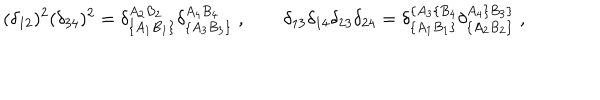
LaTeX: ( \delta _ { 1 2 } ) ^ { 2 } ( \delta _ { 3 4 } ) ^ { 2 } = \delta _ { \{ A _ { 1 } B _ { 1 } \} } ^ { A _ { 2 } B _ { 2 } } \delta _ { \{ A _ { 3 } B _ { 3 } \} } ^ { A _ { 4 } B _ { 4 } } \; , \qquad \delta _ { 1 3 } \delta _ { 1 4 } \delta _ { 2 3 } \delta _ { 2 4 } = \delta _ { \{ A _ { 1 } B _ { 1 } \} } ^ { \{ A _ { 3 } \{ B _ { 4 } } \delta _ { \{ A _ { 2 } B _ { 2 } \} } ^ { A _ { 4 } \} B _ { 3 } \} } \; ,